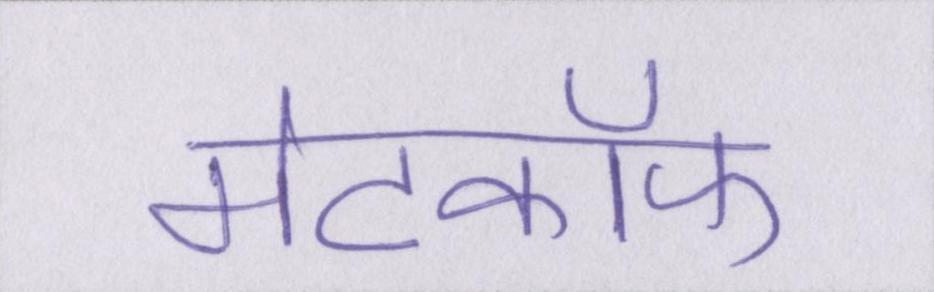
मेटकॉफ